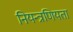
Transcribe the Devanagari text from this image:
नियन्त्रणियता